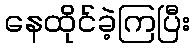
နေထိုင်ခဲ့ကြပြီး